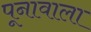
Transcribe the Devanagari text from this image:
पूनावाला